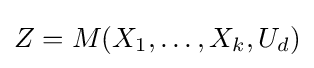
Z=M(X_{1},\ldots ,X_{k},U_{d})